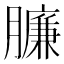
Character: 臁